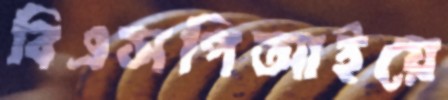
বিএসপিআইয়ে